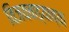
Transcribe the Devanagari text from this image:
विजयवाड्याच्या